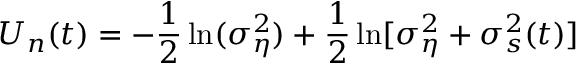
U _ { n } ( t ) = - \frac { 1 } { 2 } \ln ( \sigma _ { \eta } ^ { 2 } ) + \frac { 1 } { 2 } \ln [ \sigma _ { \eta } ^ { 2 } + \sigma _ { s } ^ { 2 } ( t ) ]